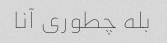
بله چطوری آنا